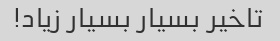
تاخیر بسیار بسیار زیاد!